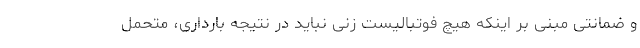
و ضمانتی مبنی بر اینکه هیچ فوتبالیست زنی نباید در نتیجه بارداری، متحمل